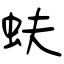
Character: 蚨